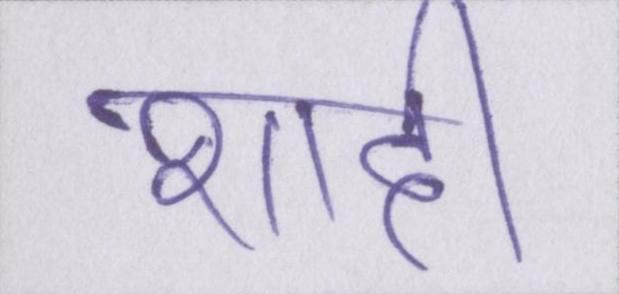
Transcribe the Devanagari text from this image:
शादी